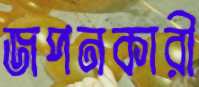
জপনকারী